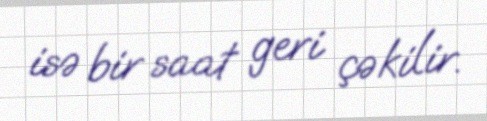
isə bir saat geri çəkilir.